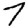
Digit: 7